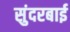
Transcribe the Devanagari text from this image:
सुंदरबाई